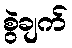
စွဲချက်